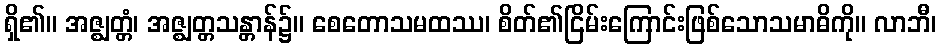
ရှိ၏။ အဇ္ဈတ္တံ၊ အဇ္ဈတ္တသန္တာန်၌။ စေတောသမထဿ၊ စိတ်၏ငြိမ်းကြောင်းဖြစ်သောသမာဓိကို။ လာဘီ၊